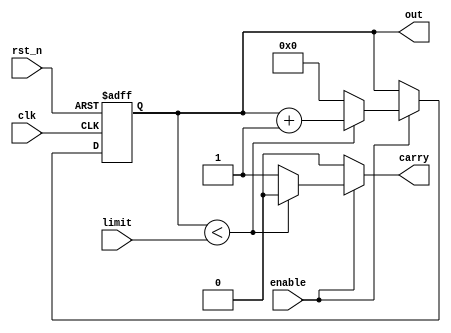
`timescale 1ns / 1ps
//////////////////////////////////////////////////////////////////////////////////
// Company: 
// Engineer: 
// 
// Design Name: 
// Module Name: bcd_upcounter
// Project Name: 
// Target Devices: 
// Tool Versions: 
// Description: 
// 
// Dependencies: 
// 
// Revision:
// Revision 0.01 - File Created
// Additional Comments:
// 
//////////////////////////////////////////////////////////////////////////////////


module bcd_upcounter(enable, limit, clk, rst_n, out, carry);
    input enable, clk, rst_n;
    input [3:0] limit;
    output reg [3:0] out;
    output reg carry;
    reg [3:0] out_tmp;
    
always@*
    if (enable)
    begin
        if (out < limit)
        begin
            out_tmp = out + 1'b1;
            carry = 0;
        end 
        else
        begin
            out_tmp = 4'd0;
            carry = 1;
        end
    end
    else
    begin
        out_tmp = out;
        carry = 0;
    end
 
always@(posedge clk or negedge rst_n)
    if (~rst_n) out <= 4'd0;
    else out <= out_tmp;

endmodule